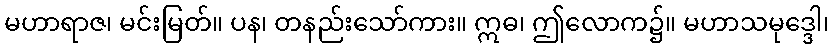
မဟာရာဇ၊ မင်းမြတ်။ ပန၊ တနည်းသော်ကား။ ဣဓ၊ ဤလောက၌။ မဟာသမုဒ္ဒေါ၊